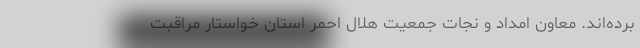
برده‌اند. معاون امداد و نجات جمعیت هلال احمر استان خواستار مراقبت